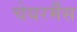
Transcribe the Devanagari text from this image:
चेयरर्मैंस